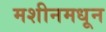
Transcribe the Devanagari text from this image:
मशीनमधून